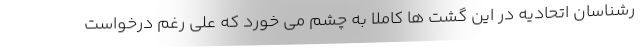
رشناسان اتحادیه در این گشت ها کاملا به چشم می خورد که علی رغم درخواست